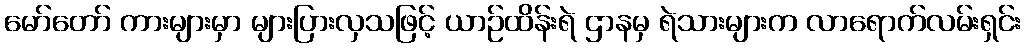
မော်တော် ကားများမှာ များပြားလှသဖြင့် ယာဉ်ထိန်းရဲ ဌာနမှ ရဲသားများက လာရောက်လမ်းရှင်း